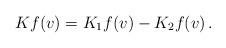
LaTeX: \begin{align*}\begin{aligned}K f (v) = K_1 f (v) - K_2 f (v) \,.\end{aligned}\end{align*}